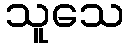
သူသေ